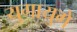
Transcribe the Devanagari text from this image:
युगायुगे